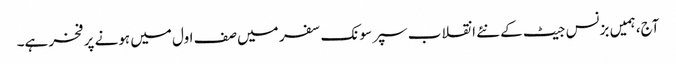
آج، ہمیں بزنس جیٹ کے نئے انقلاب سپر سونک سفر میں صف اول میں ہونے پر فخر ہے۔